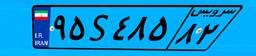
۹۷S۳۰۹۷۲